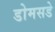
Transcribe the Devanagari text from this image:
डोमसडे